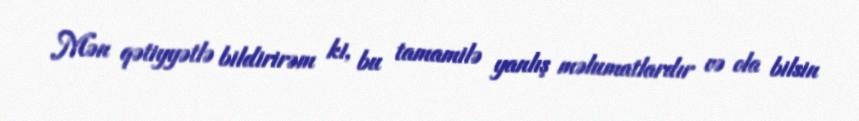
Mən qətiyyətlə bildirirəm ki, bu tamamilə yanlış məlumatlardır və ola bilsin